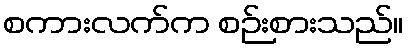
စကားလက်က စဉ်းစားသည်။